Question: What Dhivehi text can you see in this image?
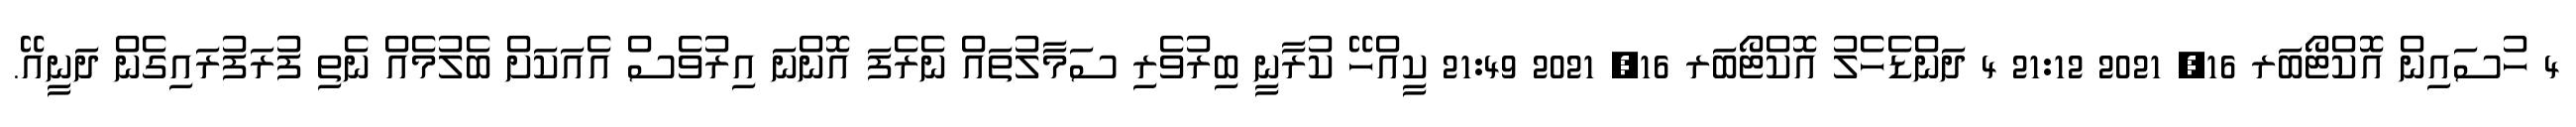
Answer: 4 ހުސައިން އޮކްޓޯބަރ 16, 2021 21:12 4 ދަންޑެހެލު އޮކްޓޯބަރ 16, 2021 21:49 ކީއްހޭ ކުރާނީ ބިރުވެރި ސަމާލުތައް ނެރެފަ އޮންނަ އިރުވެސް އެއަކަށް ބެލުމެއް ނެތި ފުރަފުރައިގެން ދަނީއޭ.